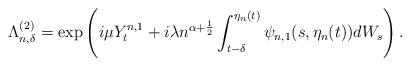
LaTeX: \begin{align*}\Lambda^{(2)}_{n,\delta}=\exp \left( i\mu Y^{n,1}_{t} +i \lambda n^{\alpha+\frac 12} \int_{t- \delta} ^{\eta_n(t)}\psi_{n,1}(s,\eta_n(t)) dW_s \right).\end{align*}